Vital statistics of India. Vol. VI, European troops 1870-79
Year: 1870
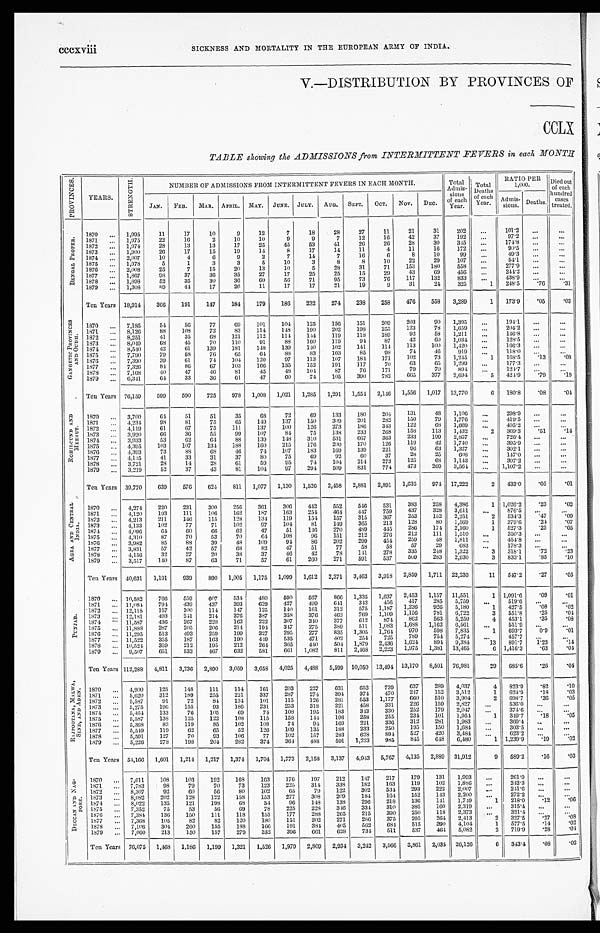
cccxviii
SICKNESS AND MORTALITY IN THE EUROPEAN ARMY OF INDIA.
V.—DISTRIBUTION BY PROVINCES OF
CCLX
TABLE showing the ADMISSIONS from INTERMITTENT FEVERS in each MONTH
P R O V I N C E S .
YEARS.
S T R E N G T H .
NUMBER OF ADMISSIONS FROM INTERMITTENT FEVERS IN EACH MONTH.
Total
A d m i s -
sions of
each
Year.
Total
Deaths
of each
Year.
RATIO PER
1,000.
D i e t o u t
of each
hundred
cases
treated.
JAN.
FEB.
MAR. APRIL. MAY. JUNE. JULY. AUG. SEPT.
OCT. NOV.
DEC.
Admis-
sions.
D e a t h s .
B E N G A L P R O P E R .
1870 ... 1,995
11
17
10
9
12
7
18
28
27
11
21
31
202
...
101.2
...
...
1871
...
1,975
22
16
2
10
10
9
9
7
12
16
42
37
1 9 2
...
97.2
...
...
1872
...
1,974
28
13
13
17
25
45
53
4 1
2 6
2 6
2 8
3 0
3 4 5
...
174.8
. . .
...
1873
...
1,900
26
17
15
19
14
8
17
1 4
11
4
1 1
1 6
1 7 2
...
90.5
...
...
1874
...
2,007
10
4
6
9
2
7
14
7
1 6
6
8
1 0
9 9
...
49.3
...
...
1875 ...
1,978
5
1
3
3
5
10
3
8
8
1 0
22
29
1 0 7
...
54.1
...
...
1876
...
2,008
25
7
15
20
13
10
5
28
31
71
1 5 3
1 8 0
5 5 8
...
277.9
...
...
1877
... 1,867
9 8 37
36
35
27
17
25
2 5
15
2 9
43
69
4 5 6
...
244.2
...
...
1878
...
1,898
52
35
30
36
60
56
71
95
73
7 6
1 1 7
1 3 2
8 3 3
. . . 438.9
. . .
...
1879
...
1,308
8 9 44
17
26
11
17
17
2 1
19
9
31
24
3 2 5 1
248.5
. 7 6
.31
Ten Years 18,914
366
191
147
184
1 7 9
186
232
2 7 4
238
258
476
558
3,289
1
173.9
.05
. 03
G A N G E T I C P R O V I N C E S
A N D O U D H .
1870
. . .
7,185
54
56
77
69
101
104
125
156
151
209
203
90
1,395
...
194.1
...
...
1871
...
8,126
88
108
72
83
114
148
190
2 0 2
198
2 5 5
1 2 3
7 8
1 , 6 5 9
...
204.2
...
...
1872
...
8,251
41
3 5 68
121
112
114
144
119
1 1 8
1 8 9
9 2
5 8
1 , 2 1 1
...
146.8
...
...
1873
...
8,049
68
45
70
110
9 1
88
160
1 1 9
94
8 7
42
60
1 , 0 3 4
...
128.5
...
...
1874 ...
8,540
42
61
139
181
148
139
140
102
141
1 1 4
1 1 3
1 0 0
1 , 4 2 0
...
166.3
. . .
...
1875
...
7,790
79
58
76
65
6 4
88
83
103
85
9 8
74
4 6
9 1 9
...
118.0
. . .
...
1876
...
7,390
39
61
74
104
120
97
113
1 0 7
184
1 7 1
1 0 2
7 3
1 , 2 4 5
1
168.5
. 1 3
. 0 8
1877 ...
7,326
84
86
67
103
166
135
152
191
1 1 7
7 0
6 3
6 5
1 , 2 9 9
...
177.3
...
...
1878 ...
7,168
40
47
46
81
45
4 8 104
8 7
76
1 7 1
79
70
8 9 4
. . . 124.7
. . .
. . .
1879
...
6,341
6 4 33
36
61
47
60
74
105
390
7 8 2 665 377
2 , 6 9 4
5
424.9
. 7 9
.19
Ten Years 76,159
599
590
725
978 1,008 1,021 1,285
1,291 1,554 2,146 1,556
1,017 13,770
6 180.8
.08
. 0 4
R O H I L C U N D A N D
M E E R U T .
1870
... 3,700
6 4 51
51
35
68
72
6 9 133
180
204
131
48
1,106
. . .
298.9
...
. . .
1871
... 4,234
9 8 81
75
65
149
137
150
3 0 9
201
2 8 2
150
7 9
1 , 7 7 6
...
419.5
...
. . .
1872
... 4,119
61
6 7 75
111
137
100
126
2 7 3
186
3 4 3
122
6 8
1 , 6 6 9
. . . 405.2
. . .
. . .
1873
...
3,920
66
36
55
99
107
84
75
1 3 8
233
2 6 8
158
113
1 , 4 3 2
2
369.3
. 5 1
. 1 4
1374
... 3,933
53
62
6 4 88
139
148
310
531
667
3 6 3
233
1 9 9
2 , 8 5 7
...
726.4
...
. . .
1875 ...
4,395
103
107
134
188
160
215
176
200
170
1 2 6
1 1 9
4 2
1 , 7 4 0
...
395.9
...
...
1876
... 4,393
73
88
68
46
74
107
183
1 6 9
1 3 9
2 2 1
9 6
6 3
1 , 3 2 7
. . .
302.1
...
...
1877
... 4,135
41
33
31
37
80
75
6 9 92
60
3 7
28
2 5
6 0 8
...
147.0
...
. . .
1878
...
3,721
28
14
28
61
59
95
74
104
214
2 7 3
125
6 8
1 , 1 4 3
...
307.2
...
. . .
1879
...
3,219
52
37
43
81
104
97
294
509
831
7 7 4 473
269
3 , 5 6 4 ...
1,107.2
. . .
...
Ten Years 39,770
639
576
624
811
1,077 1,130 1,526 2,458
2,881
2,891
1,635
974 17,222
2
433.0
. 0 5
. 0 1
A G R A A N D C E N T R A L
I N D I A .
1870
...
1,274
220
231
300
256
361
306
442
552
546
531
383
253
4,386
1
1,026.2
. 2 3
. 0 2
1871
...
4,120
193
111
106
162
187
163
254
4 6 4
447
7 5 6
4 3 7
3 2 8
3 , 6 1 1
. . .
876.5
. . .
. . .
1872
... 4,213
211
146
115
128
134
119
154
157
315
3 6 7
2 5 3
1 5 2
2 , 2 5 1
2
534.3
. 4 7
. 0 9
1873
...
4,133
102
77
71
102
97
104
81
149
365
2 1 3
2 1 8
8 0
1 , 5 6 9
1
379.6
. 2 4
. 0 7
1874
...
4,096
64
60
66
62
47
51
146
270
489
4 4 5
2 8 6
1 7 4
2 , 1 6 0
1
527.3
. 2 5
. 0 5
1875
...
4,310
87
70
53
70
64
108
96
1 5 1
212
2 4 6
2 1 2
1 1 1
1 , 5 1 0
...
350.3
...
...
1876
...
3,982
85
88
39
48
109
94
8 6
202
2 9 9
4 5 4
2 5 9
4 8
1 , 8 1 1 ...
454.8
...
...
1877 ...
3,831
57
42
57
68
82
47
51
77
58
5 8
5 7
2 9
6 8 3
...
178.3
. . .
. . .
1878 ...
4,156
32
27
20
38
37
46
42
78
141
2 7 8
3 3 5
2 4 8
1 , 3 2 2
3
318.1
. 7 2
. 2 3
1879
... 3,517
140
87
63
71
57
61
260
2 7 1 591
5 3 7
509 283
2 , 9 3 0
3 833.1
. 8 5
.10
Ten Years 40,631
1,191
939
890 1,005 1,175 1,099
1,612 2,371 3,463 3,918
2,859 1,711 22,233
11
547.2
. 2 7
. 0 5
P U N J A B .
1870
... 10,582 766
559
6 0 7 534
480
590
567
866 1,335 1,637 2,453 1,157 11,551
1 1,091.6
. 0 9
. 0 1
1871
... 11,084
794
439
437
393
629
427
499
641
3 4 2
4 5 6
417
2 8 5
5 , 7 5 9
. . .
519.6
. . .
. . .
1872
... 12,118
157
100
114
147
125
140
161
3 1 2
5 7 5
1 , 1 8 7
1,236
9 2 6
5 , 1 8 0
1
427.5
. 0 8
. 0 2
1873
... 12,181
493
241
214
376
387
358
376
462
769
1 , 1 0 9
1 , 1 5 6
7 8 1
6 , 7 2 2
3
551.8
. 2 5
. 0 4
1874 ...
11,587
436
267
228
162
222
307
340
377
612
8 7 4
862 563
5 , 2 5 0
4
453.1
. 3 5
. 0 8
1875
... 11,888
287
205
206
214
194
347
275
389
511
1 , 0 8 3
1 , 6 8 8
1 , 1 6 2
6 , 5 6 1
. . .
551.9
. . .
. . .
1876
... 11,295
513
493
259
199
327
295
277
835 1,305
1 , 7 6 4
9 7 0
5 9 8
7 , 8 3 5
1
693.7
0 . 9
. 0 1
1877
... 11,522
355
187
163
190
449
535
471
402
254
7 2 5
789
7 5 4
5 , 2 7 4
...
457.7
. . .
. . .
1878
... 10,524
359
212
195
212
264
365
440
504 1,879 2,436
1,624 894
9 , 3 8 4
1 3 891.7
1 . 2 3 .14
1879
... 9,507
651
533
467
632
581
661
1,082
811
2,468
2 , 2 2 3 1,9751,381
1 3 , 4 6 5
6 1,416.3
. 6 3 .04
Ten Years 112,288 4,811 3,236 2,890 3,059
3,658 4,025 4,488
5,599 10,050 13,494 13,170 8,501 76,981
29
685.6
. 2 6
. 0 4
R A J P O O T A N A , M A L W A ,
S I N D , A N D A D E N . 1870
...
4,900
125
148
111
114
161
203
227
631
652
739
637
289
4,037
4
823.9
. 8 2
. 1 0
1871
...
5,620
312
189
255
221
337
287
274
394
374
4 7 0
2 4 7
1 5 2
3 , 5 1 2
1
624.9
. 1 8
. 0 3
1872
...
5,587
91
72
84
134
101
115
126
2 8 1
5 5 3
1 , 1 7 7
6 6 0
5 1 0
3 , 9 0 4
2
698.7
. 3 6
. 0 5
1873
... 5,275
196
155
93
186
231
253
318
221
4 5 8
3 3 1
2 2 6
1 5 9
2 , 8 2 7
...
536.0
...
...
1874 ...
5,464
133
76
105
69
74
108
195
1 8 3
3 4 3
3 3 0
2 5 2
1 7 9
2 , 0 4 7
. . .
374.6
. . .
. . .
1875
...
5,387
138
125
122
108
115
158
144
1 9 6
258
2 5 5
2 3 4
1 0 1
1 , 9 5 4
1
349.7
. 1 8
.05
1876
... 5,368
82
119
85
102
108
74
94
169
221
3 3 6
3 1 2
2 8 1
1 , 9 8 3
. . .
369.4
. . .
...
1877
...
5,549
119
62
65
52
126
109
135
188
233
2 5 0
1 9 5
1 5 0
1 , 6 8 4 ...
303.5
. . .
. . .
1878 ...
5,591
127
70
93
106
77
102
157
283
628
8 9 4
5 2 7
4 2 0
3 , 4 8 4
...
623.2
. . .
. . .
1879 ...
5,226
278
198
204
282
374
364
488
5 9 1
1,223
9 8 5
845
648
6 , 4 8 0
1 1,239.9
. 1 9
.02
Ten Years 54,166 1,601
1,214 1,217 1,374
1,704 1,773
2,158 3,137 4,943 5,767
4,135 2,889 31,912
9
589.2
.16
. 0 3
D E C C A N A N D N A G -
P O R E . 1870 ... 7,611
108
103
192
168
163
176
197
212
147
217
179
131
1,993
...
261.9
...
. . .
1871 ...
7,783
9 8
79
70
73
123
225
314
338
1 8 2
1 6 3
1 1 9
1 0 2
1 , 8 8 6
...
242.3
...
. . .
1872 ... 8,307
92
60
56
80
102
65
79
122
302
5 3 4
2 9 3
2 2 2
2 , 0 0 7 ...
241.6
...
...
1873 ...
8,082
202
128
122
158
153
277
308
209
184
1 6 4
1 5 2
1 4 3
2 , 2 0 0
. . .
272.2
. . .
. . .
1874
...
8,022
135
121
198
68
54
96
148
138
2 9 6
2 1 8
1 3 6
1 4 1
1 , 7 4 9
1
218.0
. 1 2
. 0 6
1875
... 7,352
75
53
56
69
78
225
228
346
3 3 4
3 1 0
3 8 5
1 6 0
2 , 3 1 9
...
315.4
...
...
187 6 ... 7,384
136
150
111
118
155
177
288
265
2 1 5 3 9 0
2 5 0
1 1 8
2 , 3 7 3
. . .
321.4
. . .
. . .
1877
... 7,368
105
82
82
120
180
151
202
271
2 8 6 3 7 5
2 9 5
2 6 4
2 , 4 1 3
2
327.5
. 2 7
. 0 8
1878
... 7,106
304
260
155
188
166
191
384
405
5 6 2
6 8 4
5 1 5
2 9 0
4 , 1 0 4
1
577.5
. 1 4
. 0 2
1879
...
7,060
213
150
157
279
352
396
661
628
734
5 1 1
537
464
5 , 0 8 2
2 719.9
. 2 8
.04
Ten Years 76,075 1,468 1,186 1,199
1,321
1,526 1,979 2,809 2,934 3,242 3,566 2,861 2,035 26,126
6
343.4
.08
. 0 2